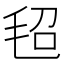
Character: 𰚕